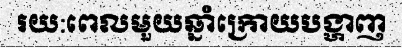
រយ:ពេលមួយឆ្នាំក្រោយបង្ហាញ